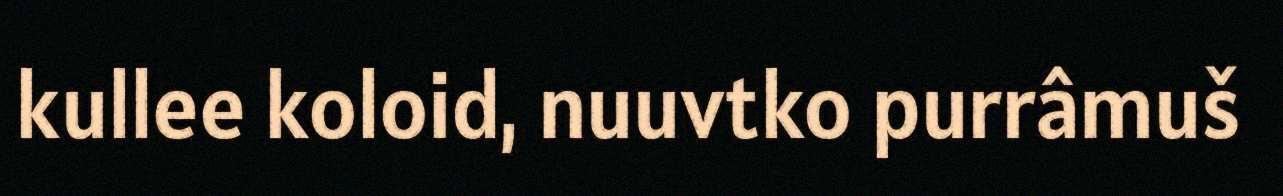
kullee koloid, nuuvtko purrâmuš